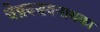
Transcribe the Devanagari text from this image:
चेन्नबसवनायका